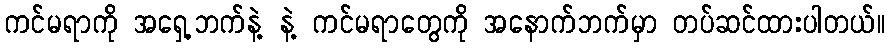
ကင်မရာကို အရှေ့ဘက်နဲ့ နဲ့ ကင်မရာတွေကို အနောက်ဘက်မှာ တပ်ဆင်ထားပါတယ်။